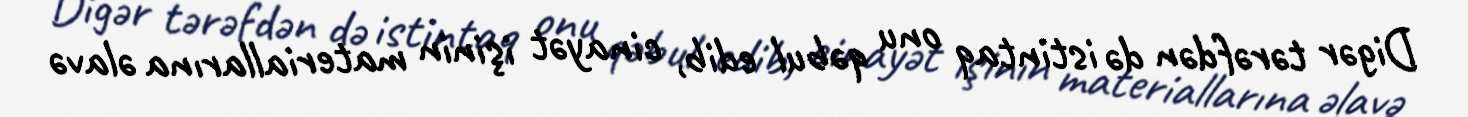
Digər tərəfdən də istintaq onu qəbul edib, cinayət işinin materiallarına əlavə